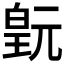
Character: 𬐍